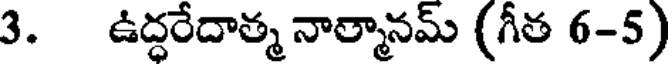
3. ఉద్ధరేదాత్మ నాత్మానమ్ (గీత 6-5)